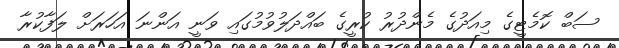
ސަބް ކޮމެޓީގެ މިއަދުގެ މެންދުރު ކުރީގެ ބައްދަލުވުމުގައި ވަނީ އަންނަ އަހަރަށް ލަފާކުރާ